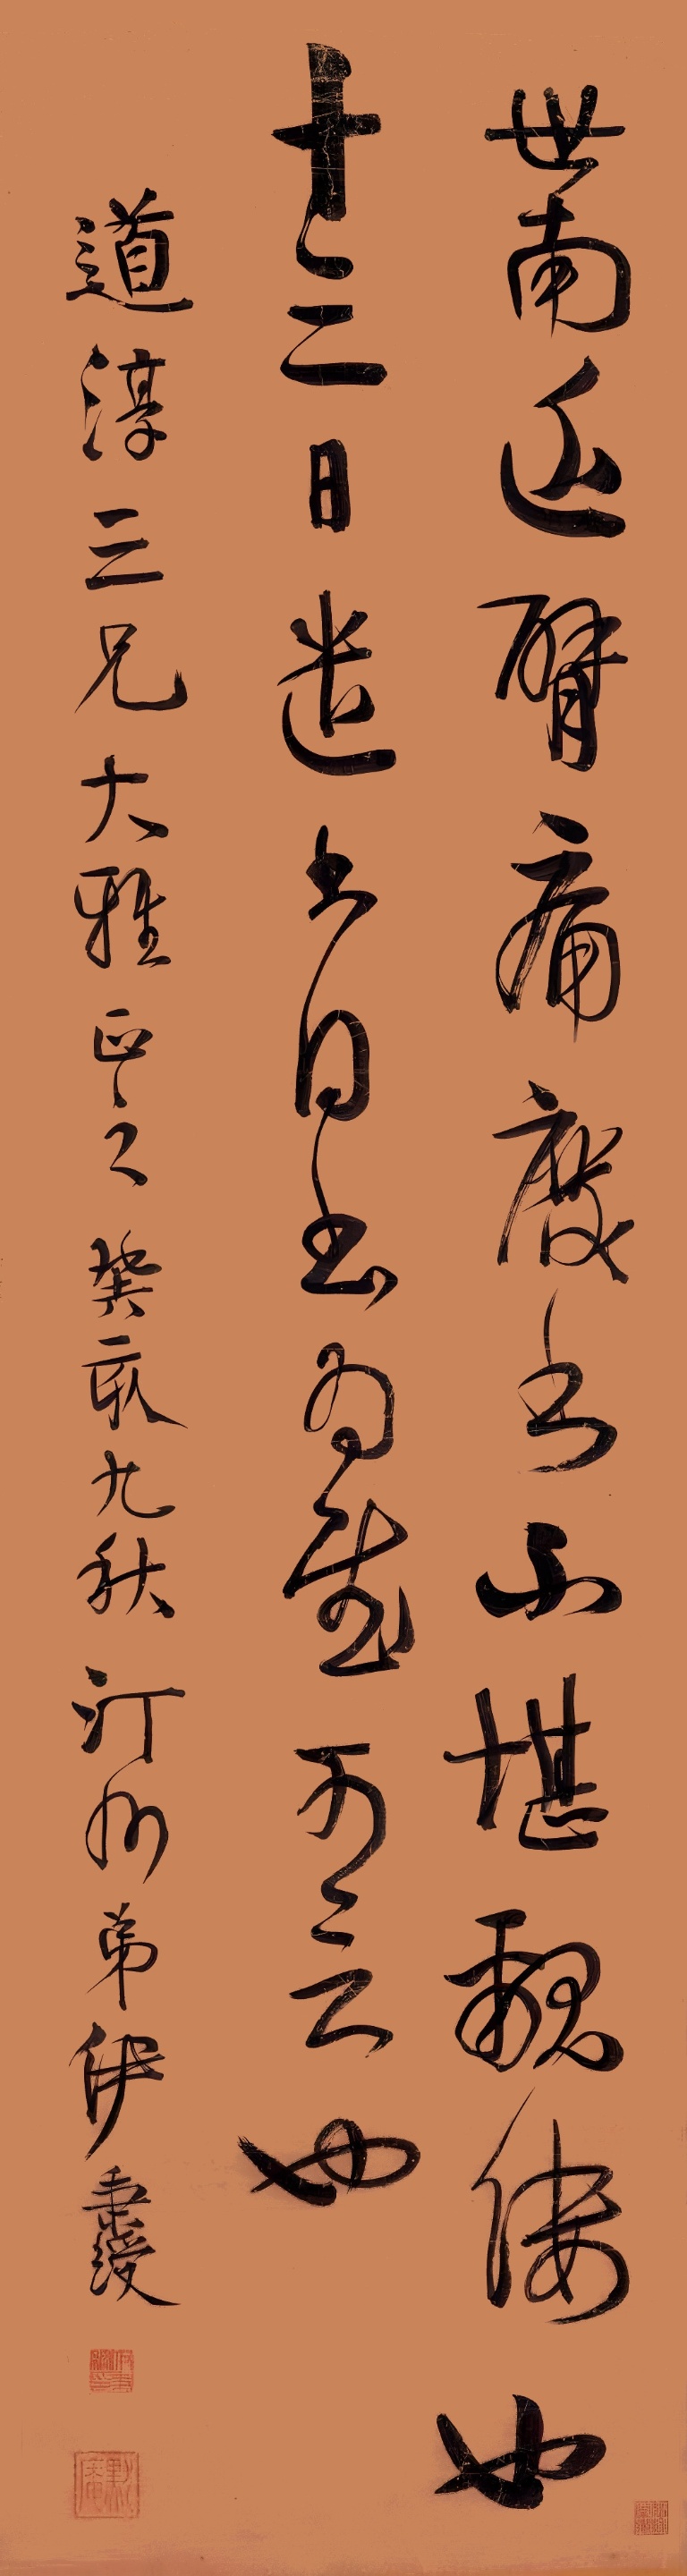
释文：世南近臂痛，废书不堪𫌨缕也。十三日遣书。得书为慰，可言也。道淳三兄大雅正之。癸亥九秋，汀州弟伊秉绶。